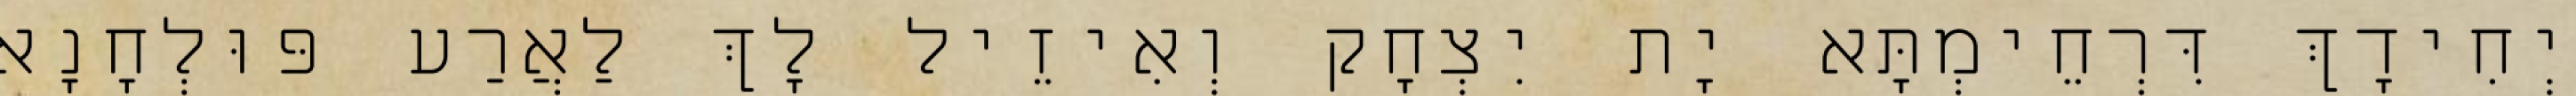
יְחִידָךְ דִּרְחֵימְתָּא יָת יִצְחָק וְאִיזֵיל לָךְ לַאֲרַע פּוּלְחָנָא